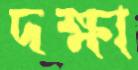
দক্ষা